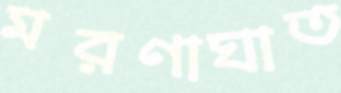
মরণাঘাত